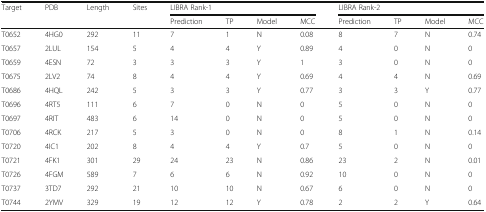
<table><thead><tr><td rowspan="2"><b>Target</b></td><td rowspan="2"><b>PDB</b></td><td rowspan="2"><b>Length</b></td><td rowspan="2"><b>Sites</b></td><td colspan="4"><b>LIBRA Rank-1</b></td><td colspan="4"><b>LIBRA Rank-2</b></td></tr><tr><td><b>Prediction</b></td><td><b>TP</b></td><td><b>Model</b></td><td><b>MCC</b></td><td><b>Prediction</b></td><td><b>TP</b></td><td><b>Model</b></td><td><b>MCC</b></td></tr></thead><tbody><tr><td>T0652</td><td>4HG0</td><td>292</td><td>11</td><td>7</td><td>1</td><td>N</td><td>0.08</td><td>8</td><td>7</td><td>N</td><td>0.74</td></tr><tr><td>T0657</td><td>2LUL</td><td>154</td><td>5</td><td>4</td><td>4</td><td>Y</td><td>0.89</td><td>4</td><td>0</td><td>N</td><td>0</td></tr><tr><td>T0659</td><td>4ESN</td><td>72</td><td>3</td><td>3</td><td>3</td><td>Y</td><td>1</td><td>3</td><td>0</td><td>N</td><td>0</td></tr><tr><td>T0675</td><td>2LV2</td><td>74</td><td>8</td><td>4</td><td>4</td><td>Y</td><td>0.69</td><td>4</td><td>4</td><td>N</td><td>0.69</td></tr><tr><td>T0686</td><td>4HQL</td><td>242</td><td>5</td><td>3</td><td>3</td><td>Y</td><td>0.77</td><td>3</td><td>3</td><td>Y</td><td>0.77</td></tr><tr><td>T0696</td><td>4RT5</td><td>111</td><td>6</td><td>7</td><td>0</td><td>N</td><td>0</td><td>5</td><td>0</td><td>N</td><td>0</td></tr><tr><td>T0697</td><td>4RIT</td><td>483</td><td>6</td><td>14</td><td>0</td><td>N</td><td>0</td><td>5</td><td>0</td><td>N</td><td>0</td></tr><tr><td>T0706</td><td>4RCK</td><td>217</td><td>5</td><td>3</td><td>0</td><td>N</td><td>0</td><td>8</td><td>1</td><td>N</td><td>0.14</td></tr><tr><td>T0720</td><td>4IC1</td><td>202</td><td>8</td><td>4</td><td>4</td><td>Y</td><td>0.7</td><td>5</td><td>0</td><td>N</td><td>0</td></tr><tr><td>T0721</td><td>4FK1</td><td>301</td><td>29</td><td>24</td><td>23</td><td>N</td><td>0.86</td><td>23</td><td>2</td><td>N</td><td>0.01</td></tr><tr><td>T0726</td><td>4FGM</td><td>589</td><td>7</td><td>6</td><td>6</td><td>N</td><td>0.92</td><td>10</td><td>0</td><td>N</td><td>0</td></tr><tr><td>T0737</td><td>3TD7</td><td>292</td><td>21</td><td>10</td><td>10</td><td>N</td><td>0.67</td><td>6</td><td>0</td><td>N</td><td>0</td></tr><tr><td>T0744</td><td>2YMV</td><td>329</td><td>19</td><td>12</td><td>12</td><td>Y</td><td>0.78</td><td>2</td><td>2</td><td>Y</td><td>0.64</td></tr></tbody></table>